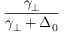
\frac { \gamma _ { \perp } } { \gamma _ { \perp } + \Delta _ { 0 } }